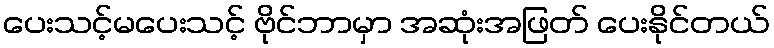
ပေးသင့်မပေးသင့် ဗိုင်ဘာမှာ အဆုံးအဖြတ် ပေးနိုင်တယ်